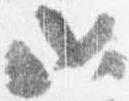
如